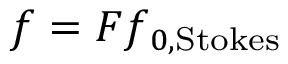
\v { f } = F \v { f } _ { 0 , \mathrm { S t o k e s } }